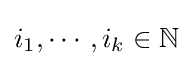
i_{1},\cdots ,i_{k}\in \mathbb {N}